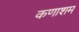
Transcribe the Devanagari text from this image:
कणाशम